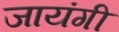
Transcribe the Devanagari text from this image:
जायंगी